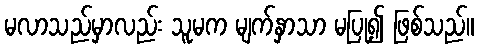
မလာသည်မှာလည်း သူမက မျက်နှာသာ မပြု၍ ဖြစ်သည်။